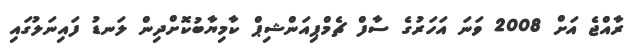
ރާއްޖެ އަށް 2008 ވަނަ އަހަރުގެ ސާފް ޗެމްޕިއަންޝިޕް ކާމިޔާބުކޮށްދިން ލަނޑު ފައިނަލުގައި